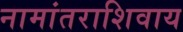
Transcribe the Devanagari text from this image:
नामांतराशिवाय